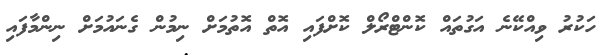
ހަކުރު ވިއްކޭނެ އަގުތައް ކޮންޓްރޯލް ކޮށްފައި އޮތް އޮތުމަށް ނިމުން ގެނައުމަށް ނިންމާފައި